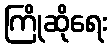
ကြိုဆိုရေး